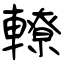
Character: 轑